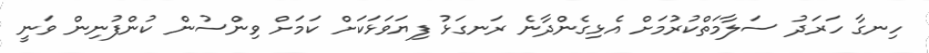
ހިނގާ ހަރަދު ސަލާމަތްކުރުމަށް އެޅިގެންދާނެ ރަނގަޅު ފިޔަވަޅަކަށް ކަމަށް ވިންސުން ކުންފުނިން ވަނީ